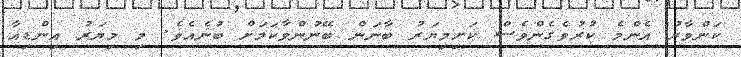
ކަންވާރު އެންމެ ކުރުވެގެންވެސް ކަށިމިޔަރު ބާނަން ބޭނުންވާކަމަށް ބުނެއެވެ. މި މިޔަރު އިންޑިއާ